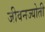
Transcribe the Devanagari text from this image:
जीवनज्योती